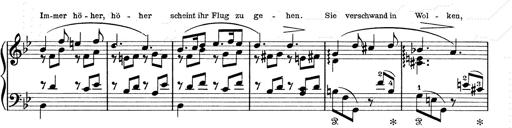
Title: 6 Polish Songs
Composer: Franz Liszt